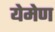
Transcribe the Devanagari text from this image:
येमेण